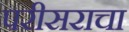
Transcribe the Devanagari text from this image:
परीसराचा